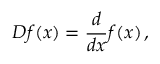
D f ( x ) = { \frac { d } { d x } } f ( x ) \, ,